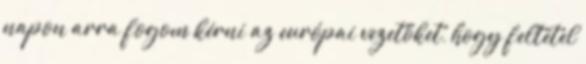
napon arra fogom kérni az európai vezetőket, hogy feltétel